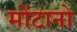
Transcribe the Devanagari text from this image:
मोंटानो